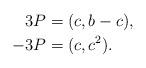
LaTeX: \begin{align*}3 P&=(c, b-c),\\- 3 P&=(c, c^2).\end{align*}